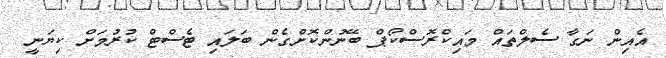
އެއިން ނަގާ ސެލްތައް މައިކްރޮސްކޯޕް ބޭނުންކޮށްގެން ބަލައި ޓެސްޓް ކުރުމަށް ކިޔަނީ